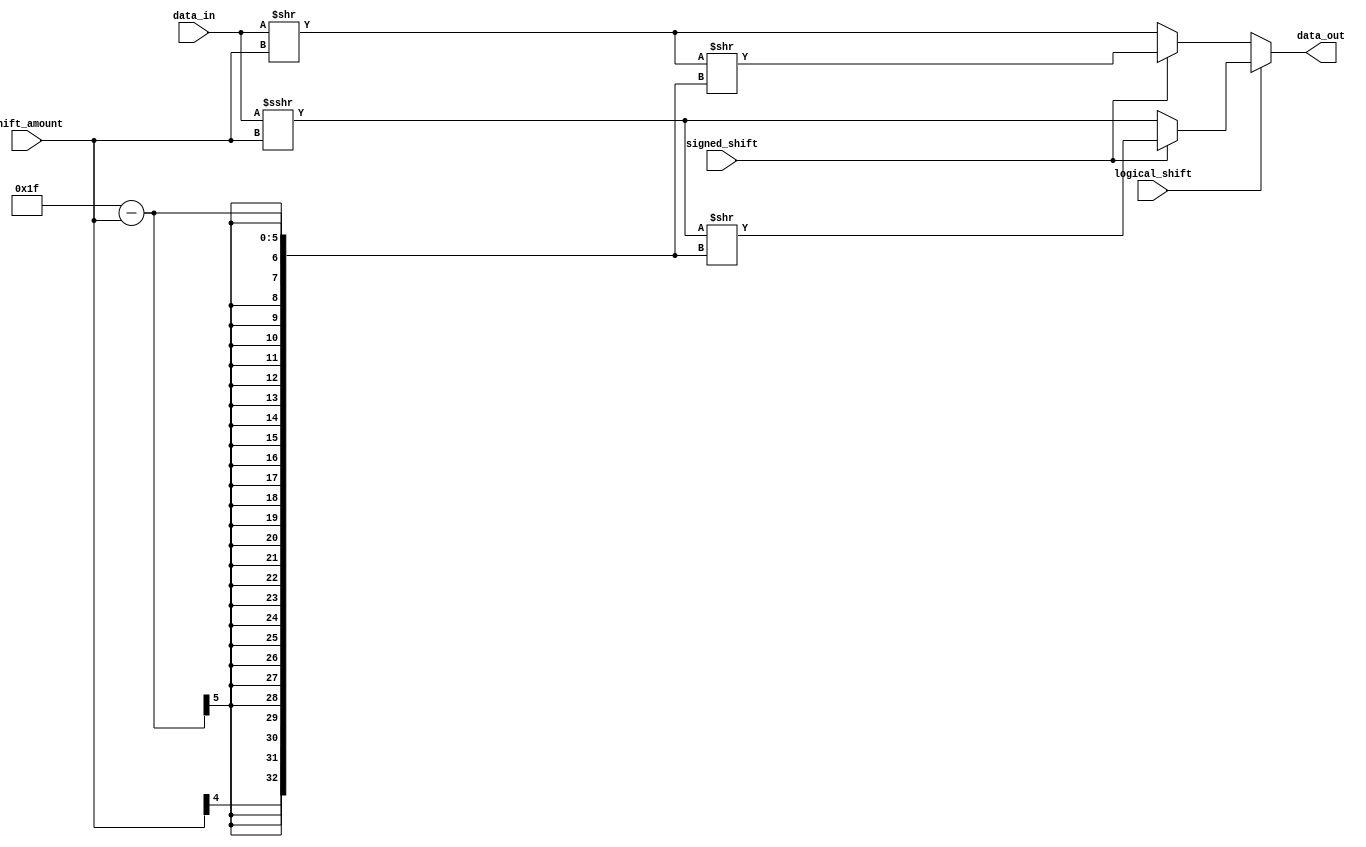
module BarrelShifter (
    input [31:0] data_in,
    input [4:0] shift_amount,
    input logical_shift,
    input signed_shift,
    output reg [31:0] data_out
);

always @ (*) begin
    if (logical_shift) begin
        if (signed_shift) begin
            data_out = (data_in >>> shift_amount) >> {shift_amount[4], {31 - shift_amount[4:0]}};
        end else begin
            data_out = data_in >>> shift_amount;
        end
    end else begin
        if (signed_shift) begin
            data_out = (data_in >> shift_amount) >> {shift_amount[4], {31 - shift_amount[4:0]}};
        end else begin
            data_out = data_in >> shift_amount;
        end
    end
end

endmodule